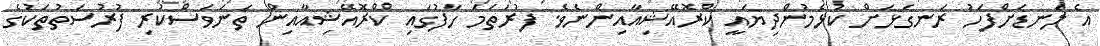
އެ ލަނޑަށްފަހު ރަނގަޅަށް ކުޅެމުންދިޔައީ ކްރޮއޭޝިއާއިންނެވެ. ފުރަތަމަ ހާފުގައި ކްރޮއޭޝިއާއިން ތަނަވަސްކުރި ފުރުސަތުތަކުގެ